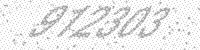
Solution: 912303